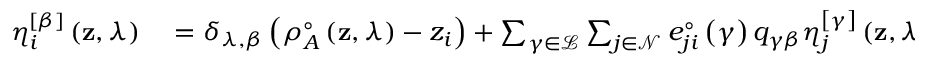
\begin{array} { r l } { \eta _ { i } ^ { \left[ \beta \right] } \left( \mathbf { z } , \lambda \right) } & { { } = \delta _ { \lambda , \beta } \left( \rho _ { A } ^ { \circ } \left( \mathbf { z } , \lambda \right) - z _ { i } \right) + \sum _ { \gamma \in \mathcal { L } } \sum _ { j \in \mathcal { N } } e _ { j i } ^ { \circ } \left( \gamma \right) q _ { \gamma \beta } \eta _ { j } ^ { \left[ \gamma \right] } \left( \mathbf { z } , \lambda \right) } \end{array}